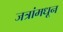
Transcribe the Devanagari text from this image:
जत्रांमधून